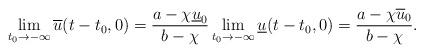
LaTeX: \begin{align*}\lim_{t_0\to -\infty}\overline {u}(t-t_0,0)=\frac{a-\chi\underline{u}_{0}}{b-\chi} \lim_{t_0\to -\infty} \underline{u}(t-t_0,0)=\frac{a-\chi\overline{u}_{0}}{b-\chi}.\end{align*}